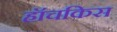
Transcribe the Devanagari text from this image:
हॉचकिस